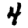
Digit: 4